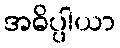
အဓိပ္ပါယာ